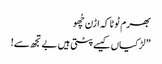
بھرم ٹوٹا کہ اڑن چُھو
” لڑکیاں کیسے پٹتی ہیں بے تجھ سے!